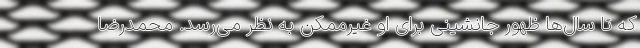
که تا سال‌ها ظهور جانشینی برای او غیرممکن به نظر می‌رسد. محمدرضا